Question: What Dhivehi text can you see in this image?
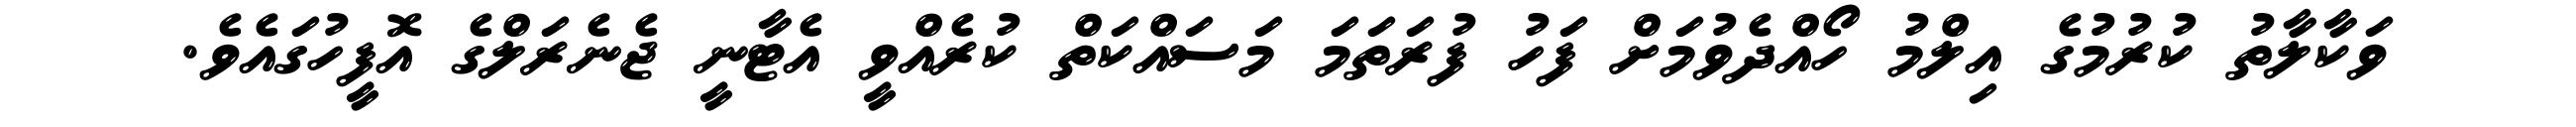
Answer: ވަކާލާތު ކުރުމުގެ އިލްމު ހޯއްދެވުމަށް ފަހު ފުރަތަމަ މަސައްކަތް ކުރެއްވީ އެޓާނީ ޖެނެރަލްގެ އޮފީހުގައެވެ.